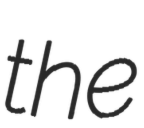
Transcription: the